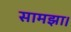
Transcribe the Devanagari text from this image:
सामझा।